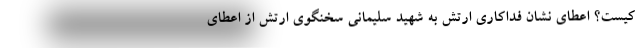
کیست؟ اعطای نشان فداکاری ارتش به شهید سلیمانی سخنگوی ارتش از اعطای